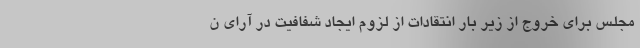
مجلس برای خروج از زیر بار انتقادات از لزوم ایجاد شفافیت در آرای ن